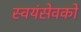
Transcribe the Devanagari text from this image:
स्‍वयंसेवको